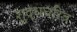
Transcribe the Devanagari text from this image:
शुद्धचरित्र